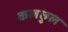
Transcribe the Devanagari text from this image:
कलछुल